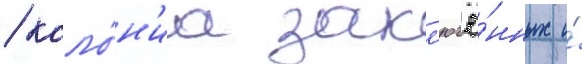
/ коло́н'иа закл'ючё́нных и́